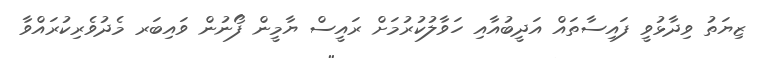
ޒިޔަތު ވިދާޅުވީ ފައިސާތައް އަދީބުއާއި ހަވާލުކުރުމަށް ރައީސް ޔާމީން ފޯނުން ވައިބަރ މެދުވެރިކުރައްވާ